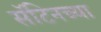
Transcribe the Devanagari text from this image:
सॅटिनच्या